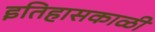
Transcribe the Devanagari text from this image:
इतिहासकाळी